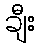
ချီး